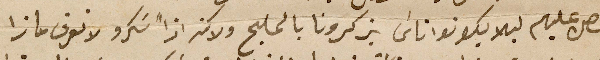
حصل عليهم ليلا يكونوا اناسَ يزكرونا بالمليح ولاكن اذاً شكرو لا نعرف ماذا